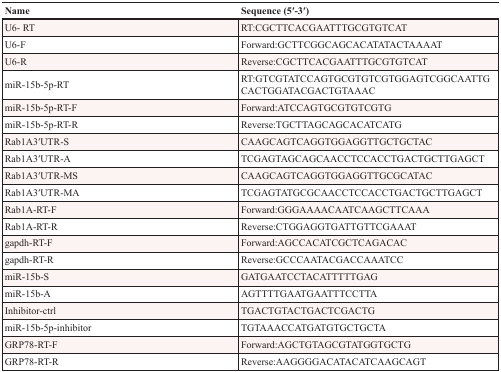
| Name | Sequence (5′-3′) |
 | --- | --- |
 | U6- RT | RT:CGCTTCACGAATTTGCGTGTCAT |
 | U6-F | Forward:GCTTCGGCAGCACATATACTAAAAT |
 | U6-R | Reverse:CGCTTCACGAATTTGCGTGTCAT |
 | miR-15b-5p-RT | RT:GTCGTATCCAGTGCGTGTCGTGGAGTCGGCAATTGCACTGGATACGACTGTAAAC |
 | miR-15b-5p-RT-F | Forward:ATCCAGTGCGTGTCGTG |
 | miR-15b-5p-RT-R | Reverse:TGCTTAGCAGCACATCATG |
 | Rab1A3′UTR-S | CAAGCAGTCAGGTGGAGGTTGCTGCTAC |
 | Rab1A3′UTR-A | TCGAGTAGCAGCAACCTCCACCTGACTGCTTGAGCT |
 | Rab1A3′UTR-MS | CAAGCAGTCAGGTGGAGGTTGCGCATAC |
 | Rab1A3′UTR-MA | TCGAGTATGCGCAACCTCCACCTGACTGCTTGAGCT |
 | Rab1A-RT-F | Forward:GGGAAAACAATCAAGCTTCAAA |
 | Rab1A-RT-R | Reverse:CTGGAGGTGATTGTTCGAAAT |
 | gapdh-RT-F | Forward:AGCCACATCGCTCAGACAC |
 | gapdh-RT-R | Reverse:GCCCAATACGACCAAATCC |
 | miR-15b-S | GATGAATCCTACATTTTTGAG |
 | miR-15b-A | AGTTTTGAATGAATTTCCTTA |
 | Inhibitor-ctrl | TGACTGTACTGACTCGACTG |
 | miR-15b-5p-inhibitor | TGTAAACCATGATGTGCTGCTA |
 | GRP78-RT-F | Forward:AGCTGTAGCGTATGGTGCTG |
 | GRP78-RT-R | Reverse:AAGGGGACATACATCAAGCAGT |